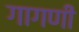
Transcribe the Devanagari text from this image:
गागणी